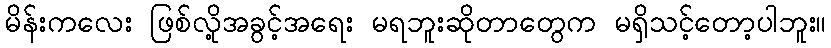
မိန်းကလေး ဖြစ်လို့အခွင့်အရေး မရဘူးဆိုတာတွေက မရှိသင့်တော့ပါဘူး။